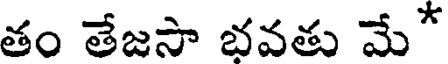
తం తేజసా భవతు మే